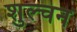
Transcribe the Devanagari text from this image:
शुल्चन